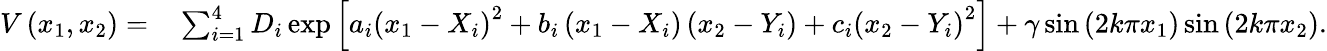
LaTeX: \begin{array}{rl}{V\left(x_{1},x_{2}\right)=}&{{}\sum_{i=1}^{4}D_{i}\exp\left[a_{i}\left(x_{1}-X_{i}\right)^{2}+b_{i}\left(x_{1}-X_{i}\right)\left(x_{2}-Y_{i}\right)+c_{i}\left(x_{2}-Y_{i}\right)^{2}\right]+\gamma\sin\left(2k\pi x_{1}\right)\sin\left(2k\pi x_{2}\right).}\end{array}